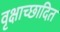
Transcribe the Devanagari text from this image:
वृक्षाच्छादित